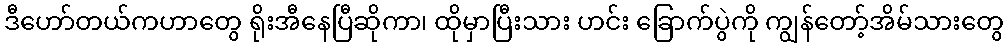
ဒီဟော်တယ်ကဟာတွေ ရိုးအီနေပြီဆိုကာ၊ ထိုမှာပြီးသား ဟင်း ခြောက်ပွဲကို ကျွန်တော့်အိမ်သားတွေ